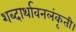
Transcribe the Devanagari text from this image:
शब्दार्थावनलंकृती।